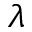
\boldsymbol { \lambda }